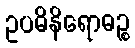
ဥပဓိနိရောဓဉ္စ